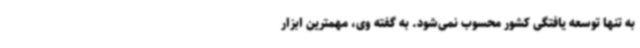
به تنها توسعه یافتگی کشور محسوب نمی‌شود. به گفته وی، مهمترین ابزار